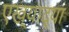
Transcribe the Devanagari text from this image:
एख्याद्या